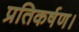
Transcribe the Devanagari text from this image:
प्रतिकर्षण।